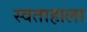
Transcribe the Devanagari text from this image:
स्वताहाला